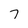
Character: 7